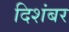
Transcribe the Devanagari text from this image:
दिशंबर